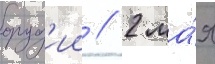
оруд'ии // 2 ма́я